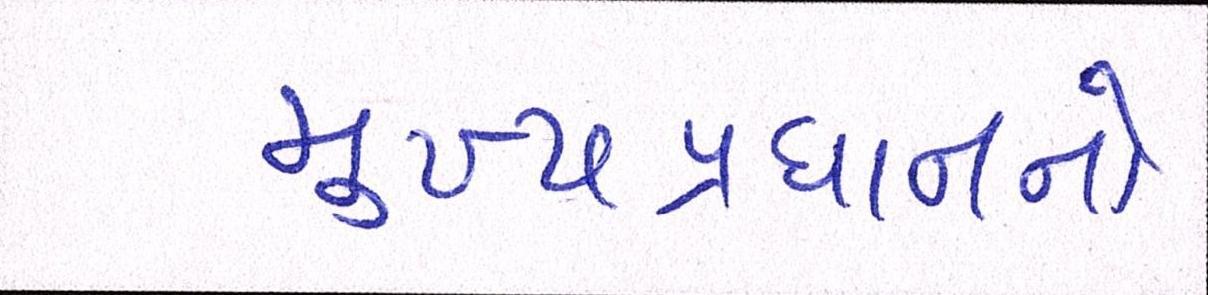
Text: મુખ્યપ્રધાનનો